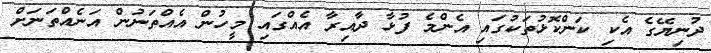
ދުނިޔޭގެ އެކި ކަންކޮޅުތަކުގައި އެންމެ ފުޅާ ދާއިރާ އެއްގައި މީހުން އެއްތަނުން އަނެއްތަނަށް